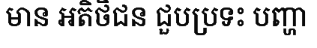
មាន អតិថិជន ជួបប្រទះ បញ្ហា